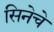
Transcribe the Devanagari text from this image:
सिनेचे